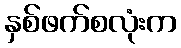
နှစ်ဖက်စလုံးက